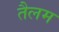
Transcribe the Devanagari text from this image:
तैलम